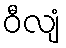
ဝီလျံ